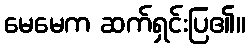
မေမေက ဆက်ရှင်းပြ၏။